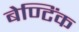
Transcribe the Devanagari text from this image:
बेण्टिंक